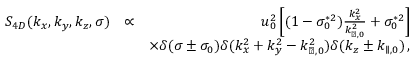
\begin{array} { r l r } { S _ { 4 D } ( k _ { x } , k _ { y } , k _ { z } , \sigma ) } & { \propto } & { u _ { 0 } ^ { 2 } \left[ ( 1 - \sigma _ { 0 } ^ { * 2 } ) \frac { k _ { x } ^ { 2 } } { k _ { \perp , 0 } ^ { 2 } } + \sigma _ { 0 } ^ { * 2 } \right] } \\ & { } & { \times \delta ( \sigma \pm \sigma _ { 0 } ) \delta ( k _ { x } ^ { 2 } + k _ { y } ^ { 2 } - k _ { \perp , 0 } ^ { 2 } ) \delta ( k _ { z } \pm k _ { \parallel , 0 } ) \, , } \end{array}